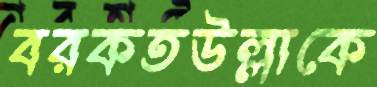
বরকতউল্লাকে